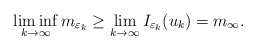
\begin{align*}\liminf_{k\rightarrow\infty}m_{\varepsilon_{k}}\ge\lim_{k\rightarrow\infty}I_{\varepsilon_{k}}(u_{k})=m_{\infty}.\end{align*}